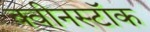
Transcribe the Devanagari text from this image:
क्वीनस्टॉक